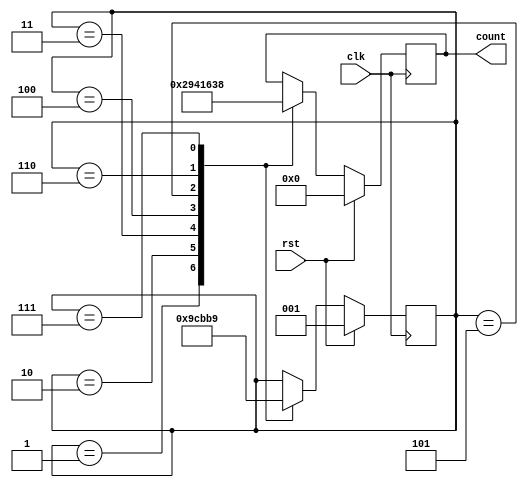
module seq(clk,rst,count);
  input clk,rst;
  output reg [3:0]count;
  reg [2:0]state;
  
  always@(posedge clk)
    begin
      
      if(rst)begin
      state<=1;
      count<=4'b0000;
      end
      
      else begin
      case(state)
        1:
        begin
          count<=4'b0010;
          state=2;
        end
        2:
        begin
          count<=4'b1001;
          state=3;
        end
        3:
        begin
          count<=4'b0100;
          state=4;
        end
        4:
        begin
          count<=4'b0001;
          state=5;
        end
        5:
        begin
          count<=4'b0110;
          state=6;
        end
        6:
        begin
          count<=4'b0011;
          state=7;
        end
        7:
        begin
          count<=4'b1000;
          state=1;
        end
       
      endcase
      end
    end
endmodule